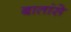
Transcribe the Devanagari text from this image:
बातांसे